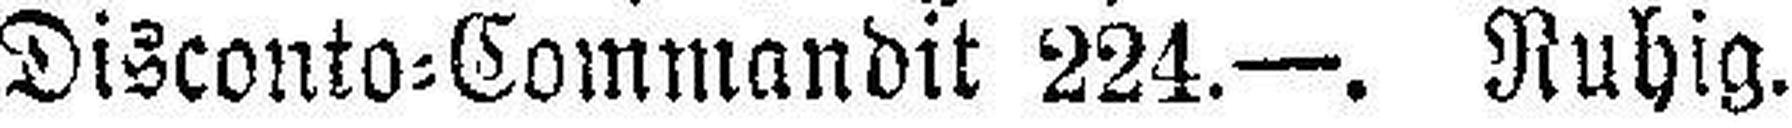
Disconto=Commandit 224.—. Ruhig.